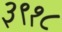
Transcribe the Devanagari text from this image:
३९१८